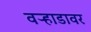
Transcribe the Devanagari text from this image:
वऱ्हाडावर